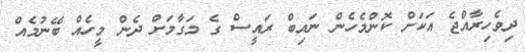
ދިވެހިރާއްޖެ އަކަށް ކޮންމެހެން ނައިބް ރައީސް ގެ މަގާމަށް ދެން މީހެއް ބޭނުމެއް